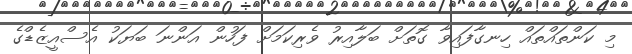
މި ކަންތައްތައް ހިނގާފައިވާ ގޮތަށް ބަލާއިރު ވެރިކަމަށް ފަހުން އަންނަ ބަޔަކު އެސްއީޒެޑްގެ